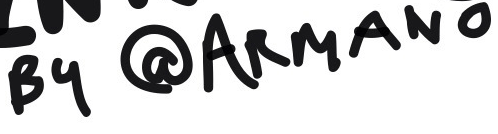
By @ARMANO